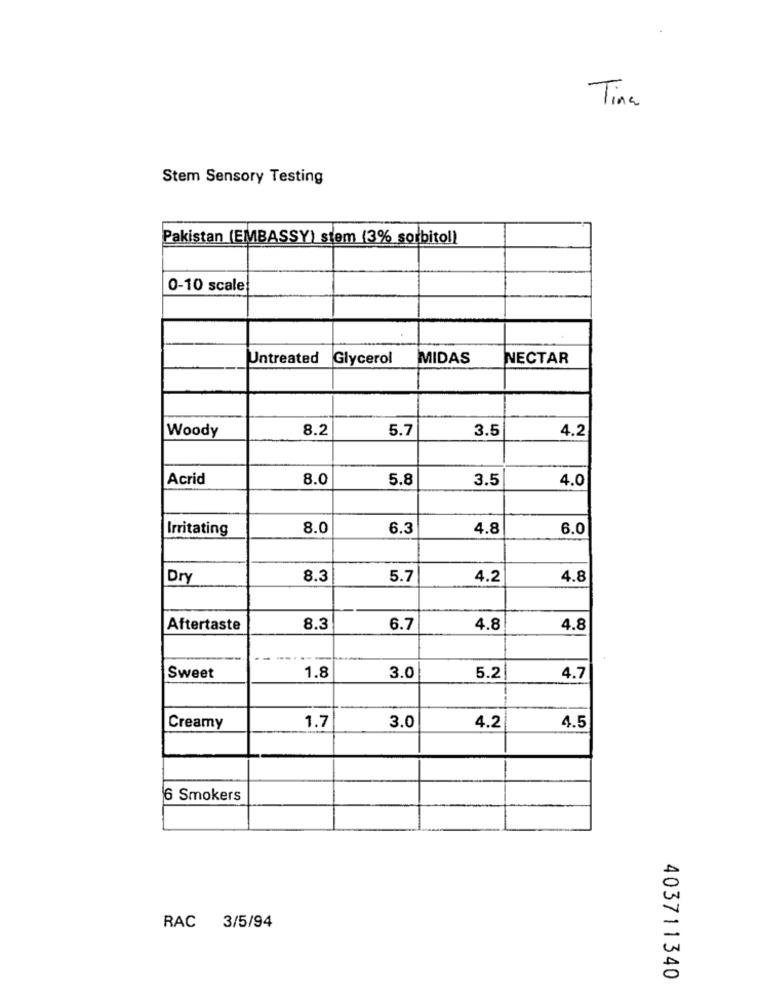
Tina
Stem Sensory Testing
Pakistan (EMBASSY) stem (3% sorbitol)
0-10 scale
Untreated
Glycerol
MIDAS
NECTAR
Woody
8.2
5.7
3.5
4.2
Acrid
8.0
5.8
3.5
4.0
Irritating
8.0
6.3
4.8
6.0
Dry
8.3
5.7
4.2
4.8
Aftertaste
8.3
6.7
4.8
4.8
---
1.8
3.0
Sweet
5.2
4.7
1.7
3.0
4.2
Creamy
4.5
6 Smokers
RAC 3/5/94
403711340